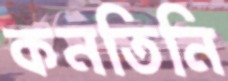
কনতিনি